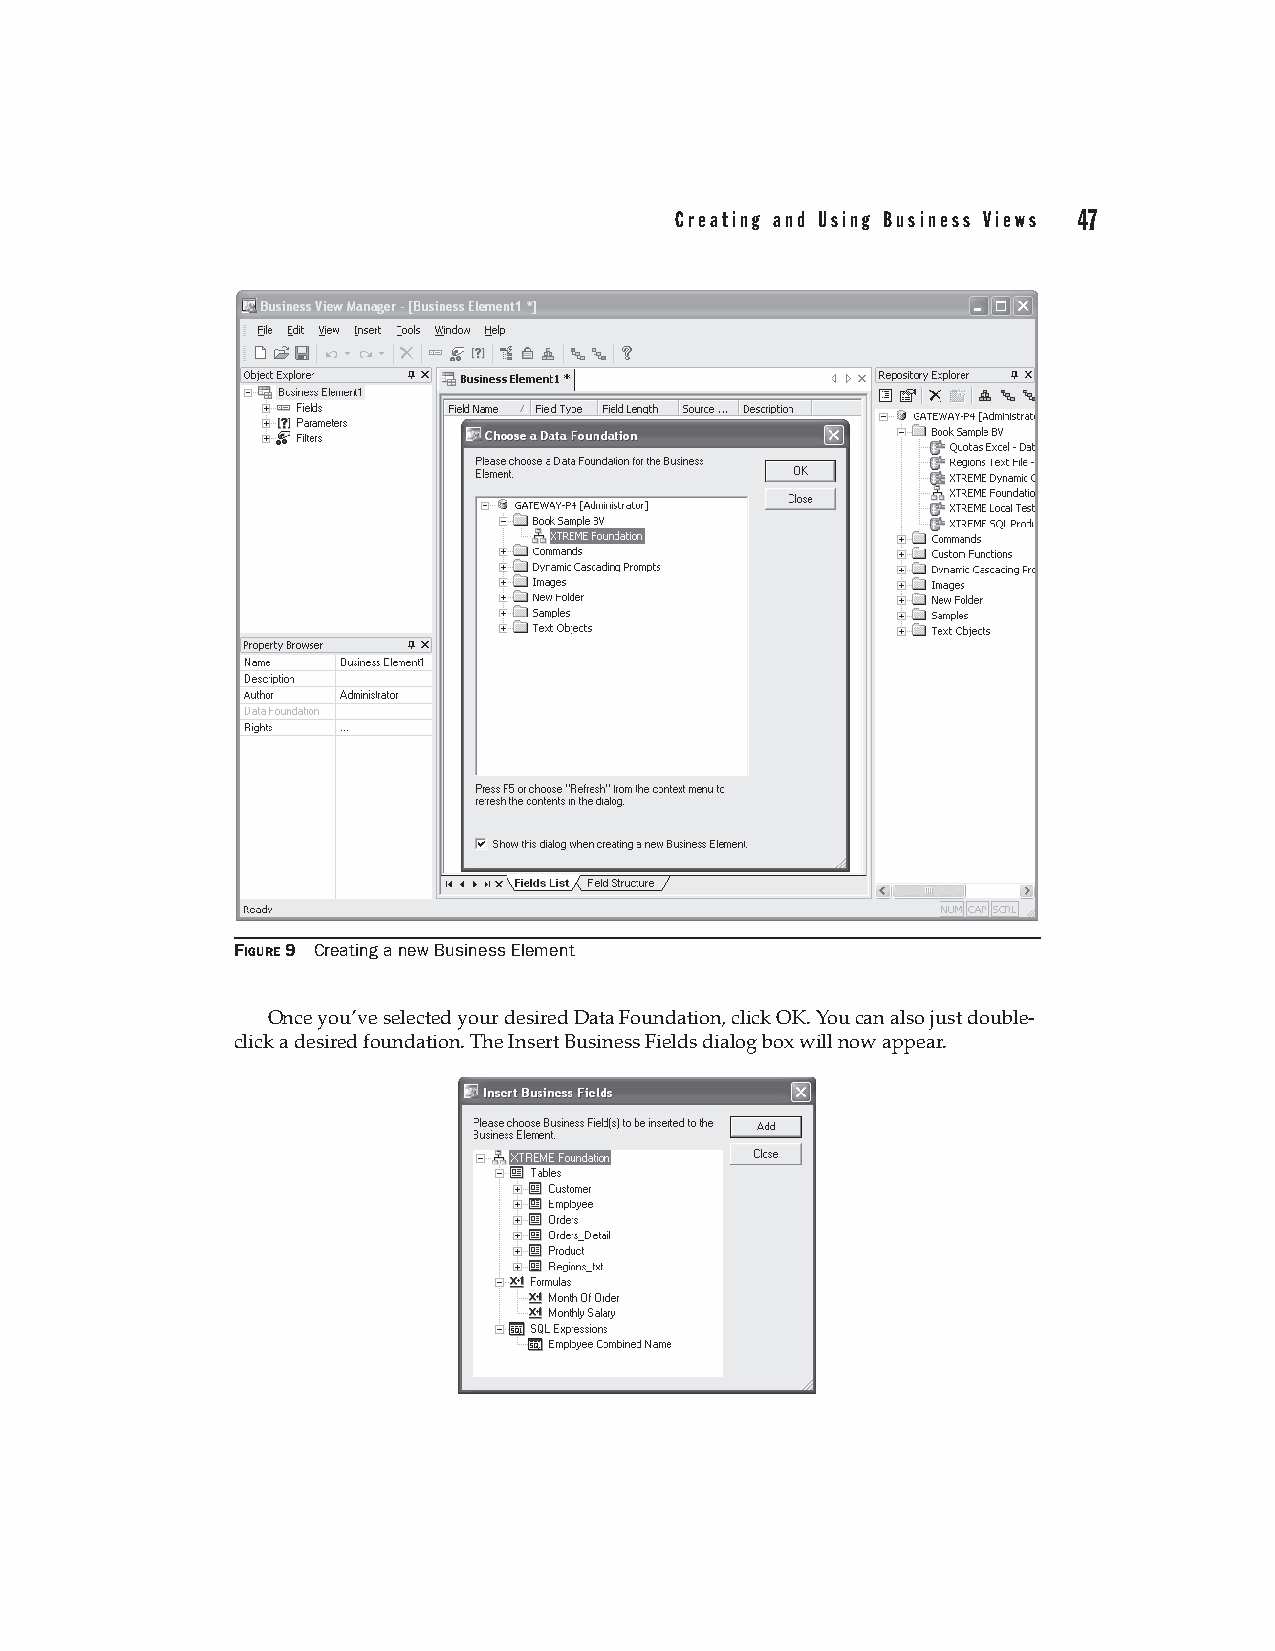
Creating and Using Business Views 47
 FIGURE 9 Creating a new Business Element
 Once you’ve selected your desired Data Foundation, click OK. You can also just double-
 click a desired foundation. The Insert Business Fields dialog box will now appear.